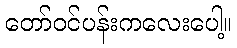
တော်ဝင်ပန်းကလေးပေါ့။